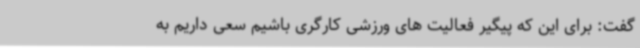
گفت: برای این که پیگیر فعالیت های ورزشی کارگری باشیم سعی داریم به